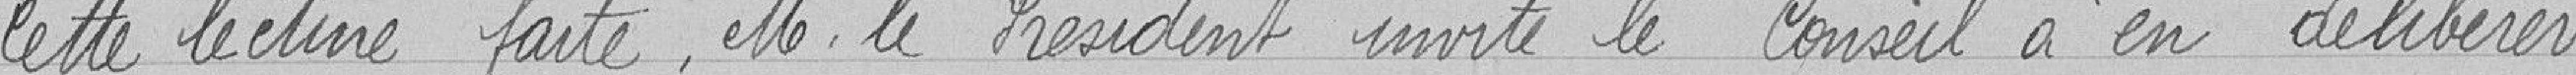
Cette lecture faite, Monsieur le Président invite le Conseil a en délibérer.